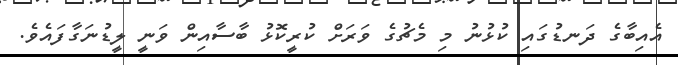
އެއިބާގެ ދަނޑުގައި ކުޅުނު މި މެޗުގެ ވަރަށް ކުރީކޮޅު ބާސާއިން ވަނީ ލީޑުނަގާފައެވެ.